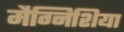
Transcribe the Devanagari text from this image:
मैग्निशिया